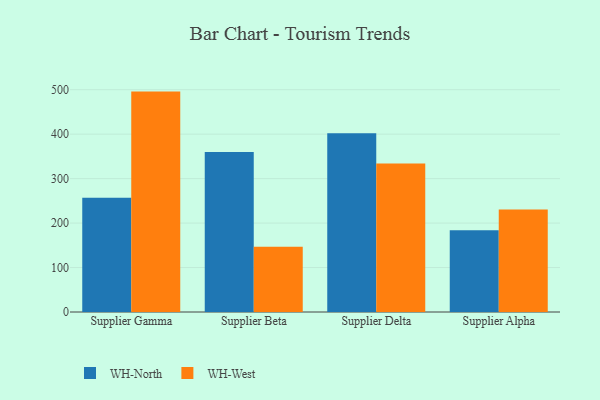
{"axis": {"x": "Supplier", "y": "Market Share (%)"}, "legend": ["WH-North", "WH-West"], "data": [{"x": "Supplier Gamma", "y": 257.0, "type": "WH-North"}, {"x": "Supplier Gamma", "y": 495.7, "type": "WH-West"}, {"x": "Supplier Beta", "y": 359.7, "type": "WH-North"}, {"x": "Supplier Beta", "y": 146.9, "type": "WH-West"}, {"x": "Supplier Delta", "y": 401.9, "type": "WH-North"}, {"x": "Supplier Delta", "y": 334.0, "type": "WH-West"}, {"x": "Supplier Alpha", "y": 183.6, "type": "WH-North"}, {"x": "Supplier Alpha", "y": 230.3, "type": "WH-West"}]}